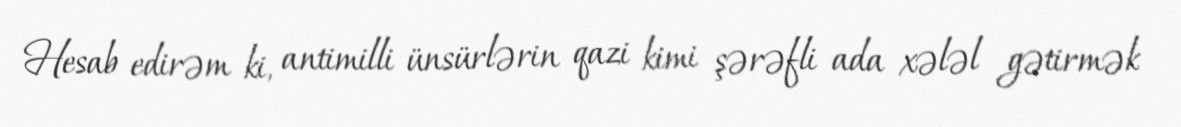
Hesab edirəm ki, antimilli ünsürlərin qazi kimi şərəfli ada xələl gətirmək